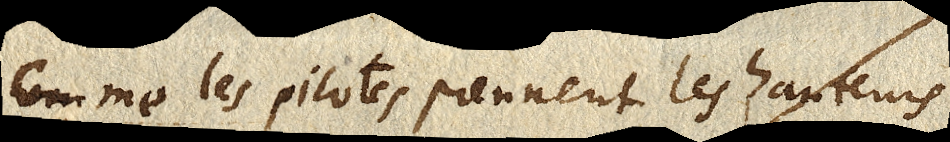
Comme les pilotes prennent les hauteurs